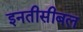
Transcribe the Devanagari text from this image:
इनतीसीबल